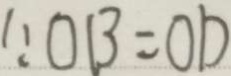
\because O B = O D